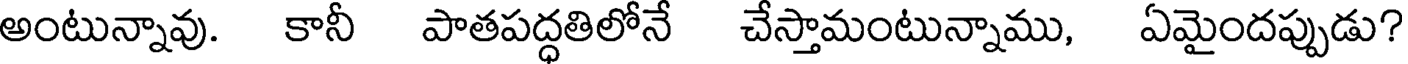
అంటున్నావు. కానీ పాతపద్ధతిలోనే చేస్తామంటున్నాము, ఏమైందప్పుడు?